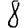
Digit: 8